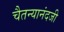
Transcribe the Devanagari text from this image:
चैतन्यानंदजी